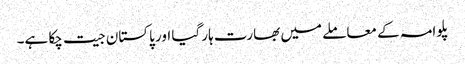
پلوامہ کے معاملے میں بھارت ہار گیا اور پاکستان جیت چکا ہے۔